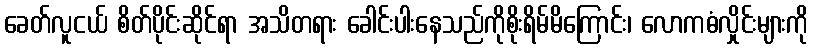
ခေတ်လူငယ် စိတ်ပိုင်းဆိုင်ရာ အသိတရား ခေါင်းပါးနေသည်ကိုစိုးရိမ်မိကြောင်း၊ လောကဓံလှိုင်းများကို